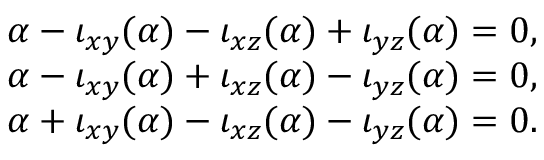
\begin{array} { r l } & { \alpha - \iota _ { x y } ( \alpha ) - \iota _ { x z } ( \alpha ) + \iota _ { y z } ( \alpha ) = 0 , } \\ & { \alpha - \iota _ { x y } ( \alpha ) + \iota _ { x z } ( \alpha ) - \iota _ { y z } ( \alpha ) = 0 , } \\ & { \alpha + \iota _ { x y } ( \alpha ) - \iota _ { x z } ( \alpha ) - \iota _ { y z } ( \alpha ) = 0 . } \end{array}